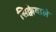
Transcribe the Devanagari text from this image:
सिक्केवाले